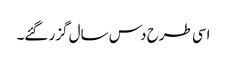
اسی طرح دس سال گزر گئے۔